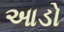
આડો